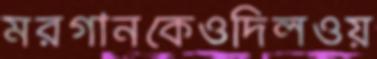
মরগানকেওদিলওয়